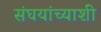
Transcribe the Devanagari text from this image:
संघयांच्याशी